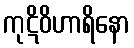
ကုဋိဝိဟာရိနော